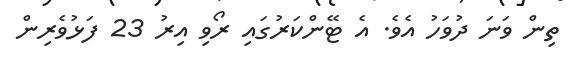
ތިން ވަނަ ދުވަހު އެވެ. އެ ޓޭންކަރުގައި ރޯވި އިރު 23 ފަޅުވެރިން